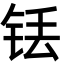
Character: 铥